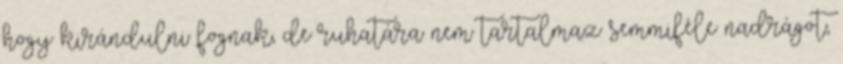
hogy kirándulni fognak, de ruhatára nem tartalmaz semmiféle nadrágot,